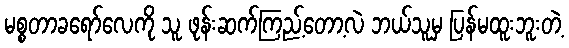
မစ္စတာခရော်လေကို သူ ဖုန်းဆက်ကြည့်တော့လဲ ဘယ်သူမှ ပြန်မထူးဘူးတဲ့